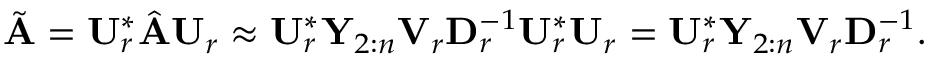
\begin{array} { r } { \tilde { \mathbf { A } } = \mathbf { U } _ { r } ^ { * } \hat { \mathbf { A } } \mathbf { U } _ { r } \approx \mathbf { U } _ { r } ^ { * } \mathbf { Y } _ { 2 : n } \mathbf { V } _ { r } \mathbf { D } _ { r } ^ { - 1 } \mathbf { U } _ { r } ^ { * } \mathbf { U } _ { r } = \mathbf { U } _ { r } ^ { * } \mathbf { Y } _ { 2 : n } \mathbf { V } _ { r } \mathbf { D } _ { r } ^ { - 1 } . } \end{array}